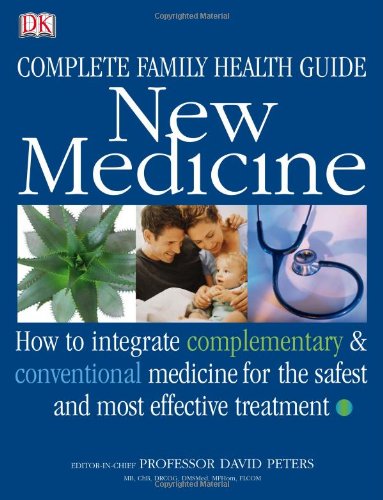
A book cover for New Medicine; David Peters; Health, Fitness & Dieting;